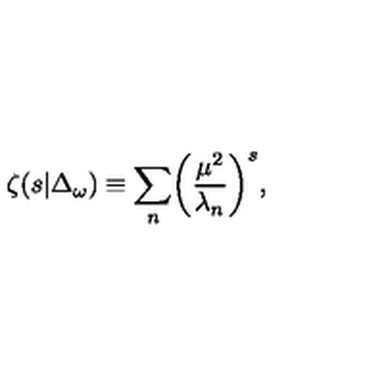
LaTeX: \zeta ( s \vert \Delta _ { \omega } ) \equiv \sum _ { n } \biggl ( { \frac { \mu ^ { 2 } } { \lambda _ { n } } } \biggr ) ^ { s } ,